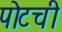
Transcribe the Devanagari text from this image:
पोटची